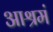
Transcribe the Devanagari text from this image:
आश्रमं